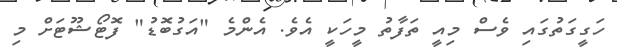
ހަގީގަތުގައި ވެސް މިއީ ތަފާތު މީހަކީ އެވެ. އެންމެ "އަގުބޮޑު" ފޮޓޯޝޫޓަށް މި